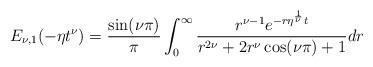
LaTeX: \begin{align*}E_{\nu,1}(-\eta t^{\nu})= \frac{\sin (\nu \pi) }{\pi} \int _0 ^{\infty} \frac{r^{\nu -1 } e^{-r \eta ^{\frac{1}{\nu}}t}}{r^{2 \nu}+2r^{\nu}\cos(\nu \pi)+1}dr\end{align*}